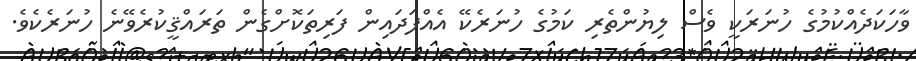
ވާހަކަދެއްކުމުގެ ހުނަރަކީ ވެސް ލިޔުންތެރި ކަމުގެ ހުނަރެކޭ އެއްފަދައިން ފަރިތަކޮށްގެން ތަރައްޤީކުރެވޭނެ ހުނަރެކެވެ.